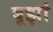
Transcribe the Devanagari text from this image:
बूझां